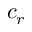
c _ { r }